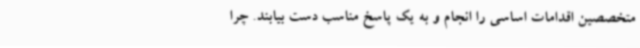
متخصصین اقدامات اساسی را انجام و به یک پاسخ مناسب دست بیابند. چرا